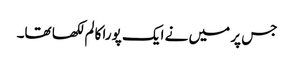
جس پر میں نے ایک پورا کالم لکھا تھا۔